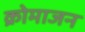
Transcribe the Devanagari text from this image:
क्रोमाजन